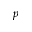
p